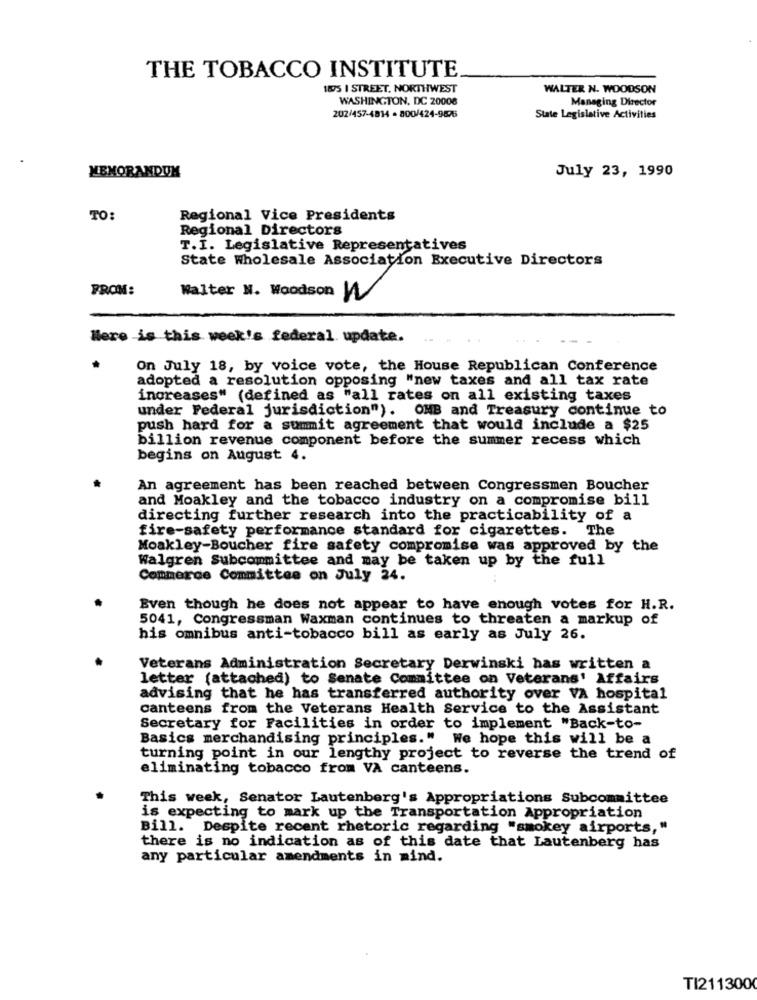
THE TOBACCO INSTITUTE
1895 I STREET. NORTHWEST
WALTER N. WOODSON
WASHINGTON, DC 20008
Managing Director
202/457-4814 - 800/424-9876
State Legislative Activities
MEMORANDUM
July 23, 1990
TO:
Regional Vice Presidents
Regional Directors
T.I. Legislative Representatives
State Wholesale Association Executive Directors
FROM:
Walter N. Woodson W
Here is this week's federal. update.
On July 18, by voice vote, the House Republican Conference
adopted a resolution opposing "new taxes and all tax rate
increases" (defined as "all rates on all existing taxes
under Federal jurisdiction"). OMB and Treasury continue to
push hard for a summit agreement that would include a $25
billion revenue component before the summer recess which
begins on August 4.
An agreement has been reached between Congressmen Boucher
and Moakley and the tobacco industry on a compromise bill
directing further research into the practicability of a
fire-safety performance standard for cigarettes. The
Moakley-Boucher fire safety compromise was approved by the
Walgren Subcommittee and may be taken up by the full
Commerce Committee on July 24.
Even though he does not appear to have enough votes for H.R.
5041, Congressman Waxman continues to threaten a markup of
his omnibus anti-tobacco bill as early as July 26.
Veterans Administration Secretary Derwinski has written a
letter (attached) to Senate Committee on Veterans' Affairs
advising that he has transferred authority over VA hospital
canteens from the Veterans Health Service to the Assistant
Secretary for Facilities in order to implement "Back-to-
Basics merchandising principles."
We hope this will be a
turning point in our lengthy project to reverse the trend of
eliminating tobacco from VA canteens.
This week, Senator Lautenberg's Appropriations Subcommittee
is expecting to mark up the Transportation Appropriation
Bill. Despite recent rhetoric regarding "smokey airports,"
there is no indication as of this date that Lautenberg has
any particular amendments in mind.
TI2113000